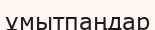
ұмытпаңдар